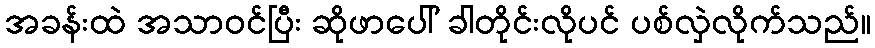
အခန်းထဲ အသာဝင်ပြီး ဆိုဖာပေါ် ခါတိုင်းလိုပင် ပစ်လှဲလိုက်သည်။